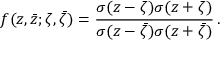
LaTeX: f ( z , \bar { z } ; \zeta , \bar { \zeta } ) = { \frac { \sigma ( { z - \zeta } ) \sigma ( { z + \zeta } ) } { \sigma ( { z - \bar { \zeta } } ) \sigma ( { z + \bar { \zeta } } ) } } \, .